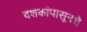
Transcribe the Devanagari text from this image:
दशकांपासूनचे